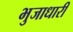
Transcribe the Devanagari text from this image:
भुजाधारी